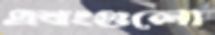
এবংগুলো